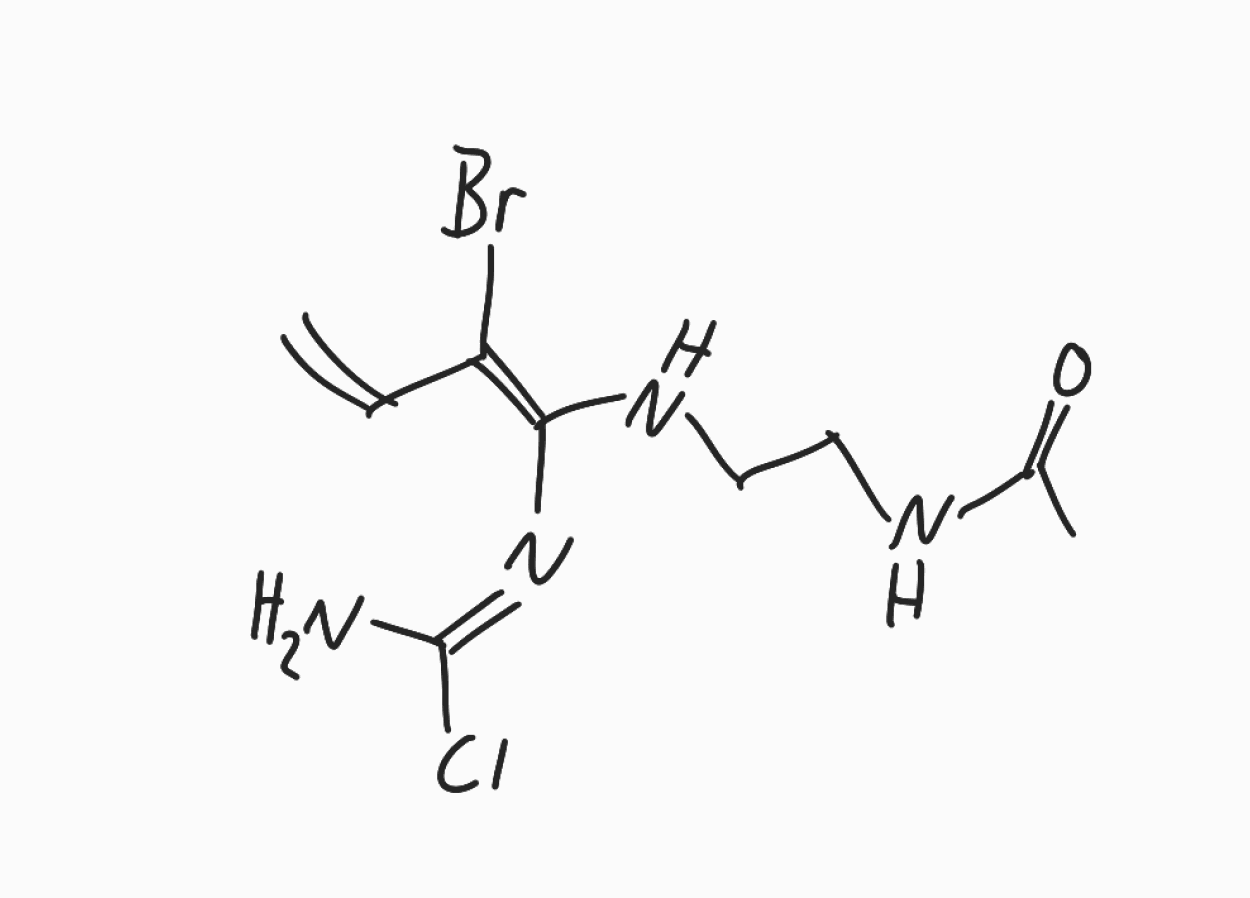
Simplified molecular-input line-entry system (SMILES) notation of the given molecule:
CC(=O)NCCN/C(=C(/C=C)\Br)/N=C(\N)/Cl